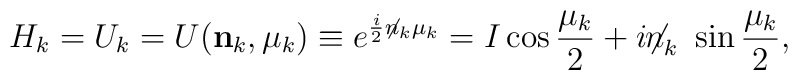
H_k = U_k = U({\bf n}_k,\mu_k) \equiv e^{\frac i2 \not{n}_k \mu_k}     = I\cos{\frac {\mu_k}2}+i{{\not\!\! n}_k}~\sin{\frac {\mu_k}2} ,